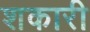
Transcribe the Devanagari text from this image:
शकारी